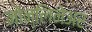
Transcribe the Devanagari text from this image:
नोन्लिनेअर